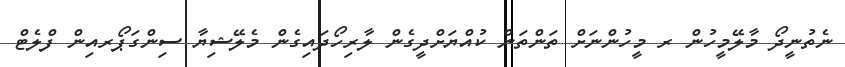
ނެތުނީދޯ މާލޭމީހުން ރ މީހުންނަށް ތަންތަން ކުއްޔަށްދީގެން ލާރިހޯދައިގެން މެލޭޝިޔާ ސިންގަޕޯރއިން ފްލެޓް